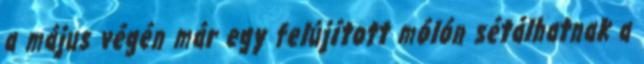
a május végén már egy felújított mólón sétálhatnak a